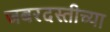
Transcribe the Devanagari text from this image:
जबरदस्तीच्या